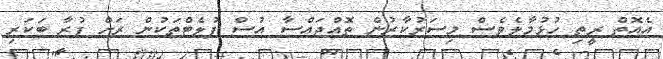
އެއޮތް ރީތި ހުޅުމާލެވެސް މިސަރުކާރުން ތޮއްޖައްސާ އުސް ފުލެޓްތަކުން ރަށް ފުރާ ބަކަރި